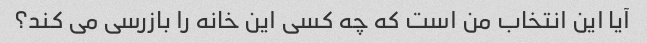
آیا این انتخاب من است که چه کسی این خانه را بازرسی می کند؟